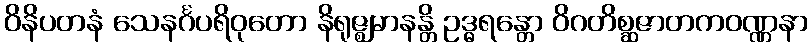
ဝိနိပတနံ သေနင်္ဂပရိဝုတော နိရုဇ္ဈမာနန္တိ ဥဒ္ဓရန္တော ဝိဂတိစ္ဆဇာတကဝဏ္ဏနာ